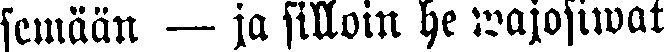
semään — ja silloin he wajosiwat